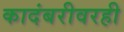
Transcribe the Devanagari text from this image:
कादंबरीवरही